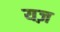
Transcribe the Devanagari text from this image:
यज़